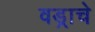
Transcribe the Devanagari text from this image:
वड्राचे